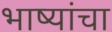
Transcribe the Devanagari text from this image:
भाष्यांचा